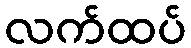
လက်ထပ်